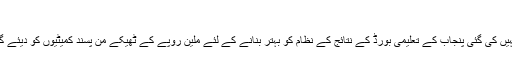
(خبر جاری ہے)
تاہم ان اداروں کے سربراہوں کے خلاف کوئی کارروائی نہیں کی گئی پنجاب کے تعلیمی بورڈ کے نتائج کے نظام کو بہتر بنانے کے لئے ملین روپے کے ٹھیکے من پسند کمیٹیوں کو دیئے گئے ہیں جس میں قواعد و ضوابط کو نظرانداز کیا گیا ہے ۔